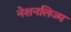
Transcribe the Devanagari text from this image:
नेशनलिज्म